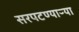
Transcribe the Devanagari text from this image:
सरपटण्याऱ्या